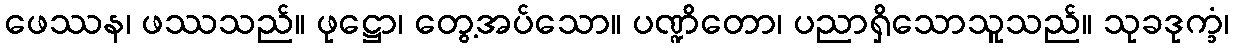
ဖေဿန၊ ဖဿသည်။ ဖုဋ္ဌော၊ တွေ့အပ်သော။ ပဏ္ဍိတော၊ ပညာရှိသောသူသည်။ သုခဒုက္ခံ၊